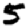
Digit: 5